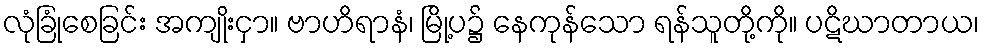
လုံခြုံစေခြင်း အကျိုးငှာ။ ဗာဟိရာနံ၊ မြို့ပ၌ နေကုန်သော ရန်သူတို့ကို။ ပဋိဃာတာယ၊